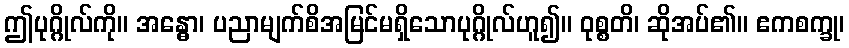
ဤပုဂ္ဂိုလ်ကို။ အန္ဓော၊ ပညာမျက်စိအမြင်မရှိသောပုဂ္ဂိုလ်ဟူ၍။ ဝုစ္စတိ၊ ဆိုအပ်၏။ ဧကစက္ခု၊